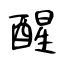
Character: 醒